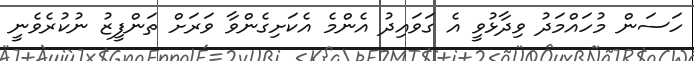
ހަސަން މުހައްމަދު ވިދާޅުވީ އެ ގަވައިދު އެންމެ އެކަށިގެންވާ ވަރަށް ތަންފީޒު ނުކުރެވެނީ